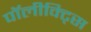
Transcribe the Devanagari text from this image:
पॉलीक्ट्सि